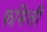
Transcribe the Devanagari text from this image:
फमिली